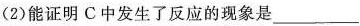
(2)能证明C中发生了反应的现象是___。